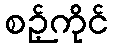
စဉ့်ကိုင်